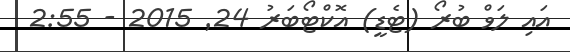
އައި ލަވް ބުރޯ (ޓެޑީ) އޮކްޓޯބަރު 24